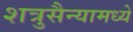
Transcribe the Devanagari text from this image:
शत्रुसैन्यामध्ये